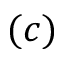
( c )